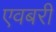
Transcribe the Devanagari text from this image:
एवबरी